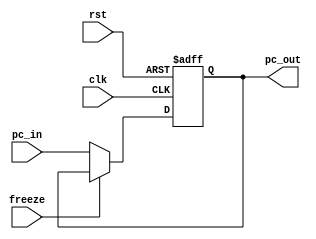

module PC_REG(pc_out,clk,rst,pc_in,freeze);
	output reg[31:0]pc_out;
	input [31:0]pc_in;
	input clk,rst,freeze;

	always @(posedge clk,posedge rst) begin
		if(rst) pc_out <= 32'b0;
		else if(freeze)
		pc_out <= pc_out;
		else pc_out <= pc_in;
	end
endmodule


module MUX_PC(pc_in,pc4,branch_address,branch_taken);
	output [31:0]pc_in;
	input [31:0]pc4,branch_address;
	input branch_taken;

	assign pc_in = (branch_taken) ? branch_address : pc4;
endmodule


module ADD4(pc4,pc_out);
	output [31:0]pc4;
	input [31:0]pc_out;

	assign pc4 = pc_out + 32'h00000004;
endmodule


module INST_MEM(inst,pc_out);
	output [31:0]inst;
	input [31:0]pc_out;
	reg [31:0]instruction[0:1023];
	
	initial begin
	$readmemb ("instruction.txt",instruction);
	end

	assign inst = instruction[pc_out >> 2];
endmodule